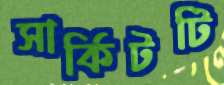
সার্কিটটি